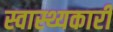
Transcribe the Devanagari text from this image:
स्वास्थ्यकारी